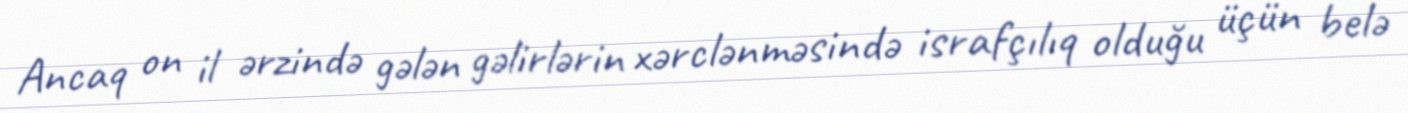
Ancaq on il ərzində gələn gəlirlərin xərclənməsində israfçılıq olduğu üçün belə